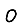
Digit: 0